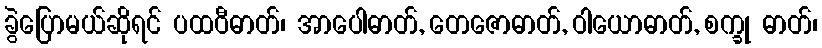
ခွဲပြောမယ်ဆိုရင် ပထဝီဓာတ်၊ အာပေါဓာတ်, တေဇောဓာတ်, ဝါယောဓာတ်, စက္ခု ဓာတ်၊